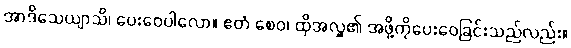
အာဒိသေယျာသိ၊ ပေးဝေပါလော။ ဧတံ စေဝ၊ ထိုအလှူ၏ အဖို့ကိုပေးဝေခြင်းသည်လည်း။